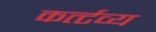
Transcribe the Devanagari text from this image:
कर्त्टव्य